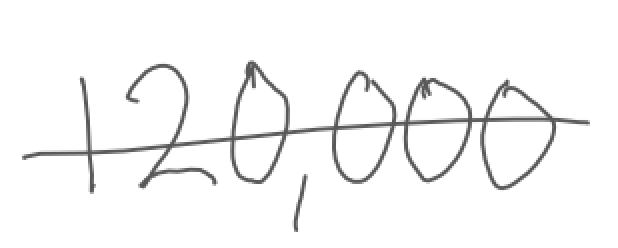
Text: 120,000
Cross-out: single-line
Writing tool: digital_gray